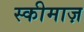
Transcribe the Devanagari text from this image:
स्कीमाज़